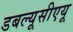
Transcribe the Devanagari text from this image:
डबल्यूसीएयू